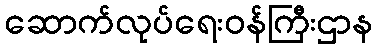
ဆောက်လုပ်ရေးဝန်ကြီးဌာန